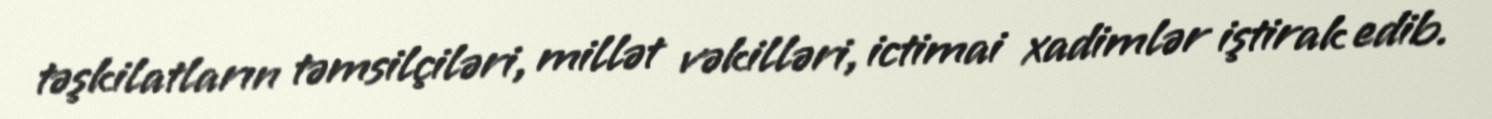
təşkilatların təmsilçiləri, millət vəkilləri, ictimai xadimlər iştirak edib.